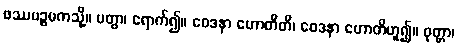
ဖဿပဉ္စမကသို့။ ပတွာ၊ ရောက်၍။ ဝေဒနာ ဟောတီတိ၊ ဝေဒနာ ဟောတိဟူ၍။ ဝုတ္တာ၊